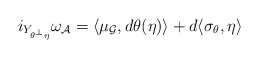
\begin{align*}i_{Y_{\theta^{\perp}\eta}}\omega_{\mathcal{A}}=\langle\mu_{\mathcal{G}},d\theta(\eta) \rangle +d\langle \sigma_{\theta},\eta\rangle\end{align*}